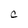
Character: C